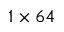
1 \times 6 4